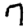
Digit: 7